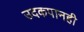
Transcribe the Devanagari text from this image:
उदकपानही